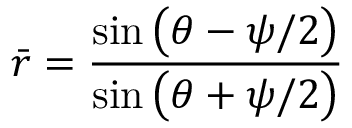
\bar { r } = \frac { \sin \big ( \theta - \psi / 2 \big ) } { \sin \big ( \theta + \psi / 2 \big ) }